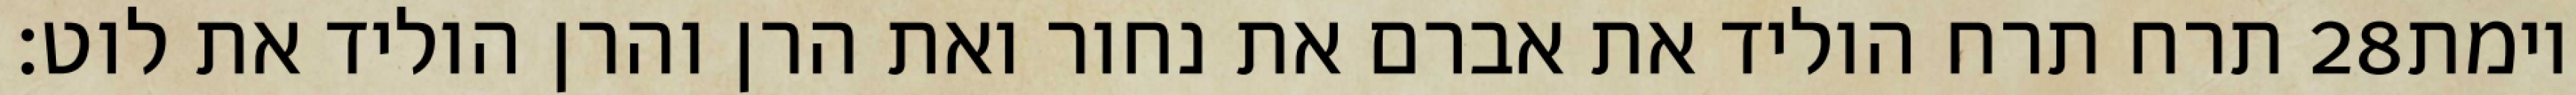
תרח תרח הוליד את אברם את נחור ואת הרן והרן הוליד את לוט׃ ‎28‏ וימת